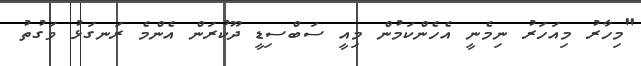
"މިހާރު މިއަހަރު ނިމެނީ އެހެންކަމުން މިއީ ސަބްސިޑީ ދޫކުރަން އެންމެ ރަނގަޅު ވަގުތު